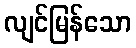
လျင်မြန်သော